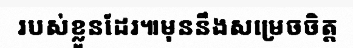
របស់ខ្លួនដែរ៕មុននឹងសម្រេចចិត្ត